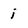
Character: i